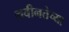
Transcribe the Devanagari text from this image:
नवीनतेच्या